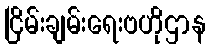
ငြိမ်းချမ်းရေးဗဟိုဌာန